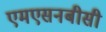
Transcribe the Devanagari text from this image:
एमएसनबीसी